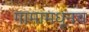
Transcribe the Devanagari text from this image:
गामामधूनच